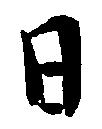
日